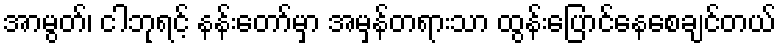
အာမွတ်၊ ငါဘုရင့် နန်းတော်မှာ အမှန်တရားသာ ထွန်းပြောင်နေစေချင်တယ်